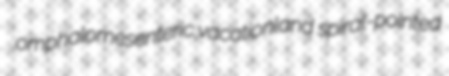
omphalomesenteric vacationland spiral-pointed